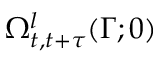
\Omega _ { t , t + \tau } ^ { l } ( \Gamma ; 0 )